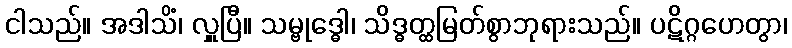
ငါသည်။ အဒါသိံ၊ လှူပြီ။ သမ္ဗုဒ္ဓေါ၊ သိဒ္ဓတ္ထမြတ်စွာဘုရားသည်။ ပဋိဂ္ဂဟေတွာ၊